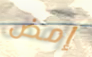
إمض